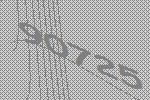
90725